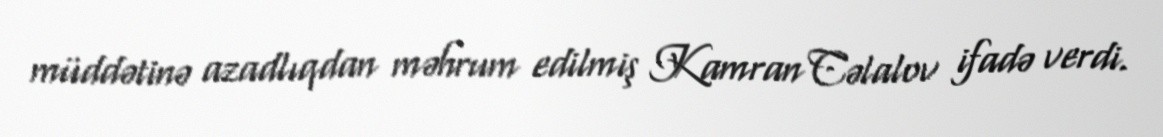
müddətinə azadlıqdan məhrum edilmiş Kamran Cəlalov ifadə verdi.